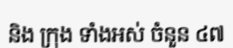
និង ក្រុង ទាំងអស់ ចំនួន ៤៧